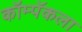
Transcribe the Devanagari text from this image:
कॉम्पॅकला